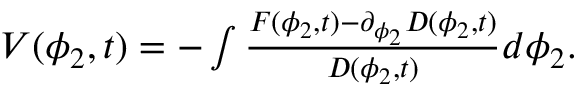
\begin{array} { r } { V ( \phi _ { 2 } , t ) = - \int \frac { F ( \phi _ { 2 } , t ) - \partial _ { \phi _ { 2 } } D ( \phi _ { 2 } , t ) } { D ( \phi _ { 2 } , t ) } d \phi _ { 2 } . } \end{array}